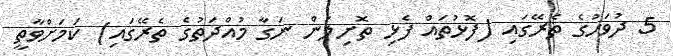
5 ދުވަހުގެ ތެރޭގައި (ފޮޅުތައް ފެޅި ތޮށިލަން ނަގާ މުއްދަތުގެ ތެރޭގައި) ކަމަށްވާތީ